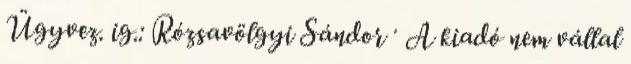
Ügyvez. ig.: Rózsavölgyi Sándor · A kiadó nem vállal